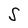
Character: S